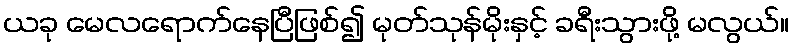
ယခု မေလရောက်နေပြီဖြစ်၍ မုတ်သုန်မိုးနှင့် ခရီးသွားဖို့ မလွယ်။